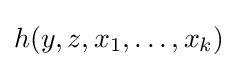
h(y,z,x_{1},\ldots ,x_{k})